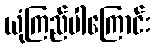
ယုံကြည်ပါကြောင်း